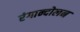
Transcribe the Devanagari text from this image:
रंगान्दोलन